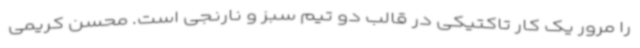
را مرور یک کار تاکتیکی در قالب دو تیم سبز و نارنجی است. محسن کریمی